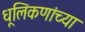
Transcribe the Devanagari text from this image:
धूलिकणांच्या